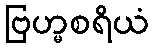
ဗြဟ္မစရိယံ